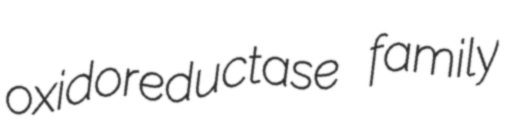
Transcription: oxidoreductase family